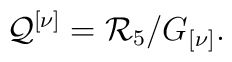
{\cal Q}^{\left[ \nu \right] }={\cal R}_{5}/G_{\left[ \nu \right] }.